Elephants and their diseases
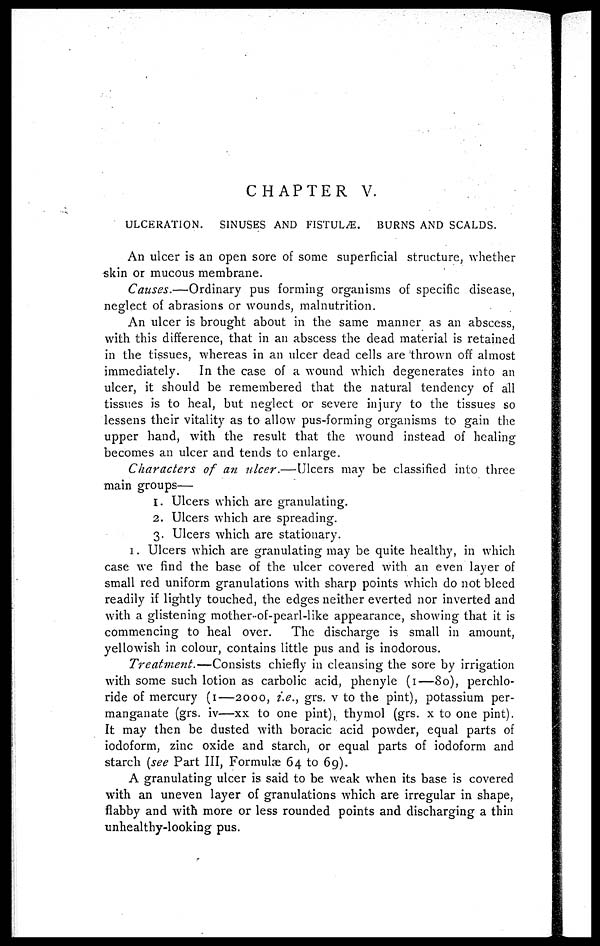
CHAPTER V.
ULCERATION. SINUSES AND FISTULÆ. BURNS AND SCALDS.
An ulcer is an open sore of some superficial structure, whether
skin or mucous membrane.
Causes.—Ordinary
pus forming organisms of specific disease,
neglect of abrasions or wounds, malnutrition.
An ulcer is brought about in the same manner as an abscess,
with this difference, that in an abscess the dead material is retained
in the tissues, whereas in an ulcer dead cells are 'thrown off almost
immediately.
In the case of a wound which degenerates into an
ulcer, it should be remembered that the natural tendency of all
tissues is to heal, but neglect or severe injury to the tissues so
lessens their vitality as to allow pus-forming organisms to gain the
upper hand, with the result that the wound instead of healing
becomes an ulcer and tends to enlarge.
Characters of an ulcer.—Ulcers may be classified into three
main groups—
1. Ulcers which are granulating.
2. Ulcers which are spreading.
3. Ulcers which are stationary.
1. Ulcers which are granulating may be quite healthy, in which
case we find the base of the ulcer covered with an even layer of
small red uniform granulations with sharp points which do not bleed
readily if lightly touched, the edges neither everted nor inverted and
with a glistening mother-of-pearl-like appearance, showing that it is
commencing to heal over.
The discharge is small in amount,
yellowish in colour, contains little pus and is inodorous.
Treatment.—Consists
chiefly in cleansing the sore by irrigation
with some such lotion as carbolic acid, phenyle (1—80), perchlo-
ride of mercury (1—2000, i.e., grs. v to the pint), potassium per-
manganate (grs. iv—xx to one pint), thymol (grs. x to one pint).
It may then be dusted with boracic acid powder, equal parts of
iodoform, zinc oxide and starch, or equal parts of iodoform and
starch (see Part III, Formulae 64 to 69).
A granulating ulcer is said to be weak when its base is covered
with an uneven layer of granulations which are irregular in shape,
flabby and with more or less rounded points and discharging a thin
unhealthy-looking pus.